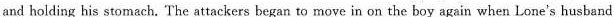
and holding his stomach. The attackers began to move in on the boy again when Lone's husband